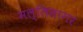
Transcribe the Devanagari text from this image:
मल्लिसागर